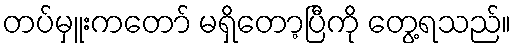
တပ်မှူးကတော် မရှိတော့ပြီကို တွေ့ရသည်။